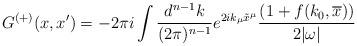
LaTeX: \begin{align*}G^{(+)}(x,x') = -2\pi i\int \frac{d^{n-1}k}{(2\pi)^{n-1}}e^{2ik_\mu\tilde x^\mu}\frac{(1+f(k_0,\overline x))}{2|\omega|}\end{align*}